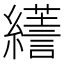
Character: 𦆶